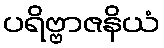
ပရိဗ္ဗာဇနိယံ